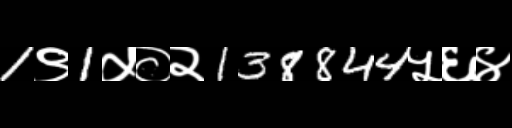
Text: 1९1५०२138844५६४